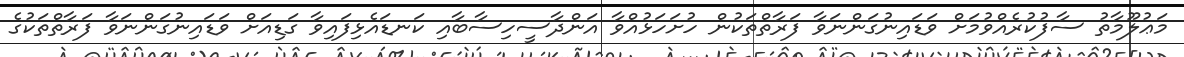
މަޢުލޫމާތު ސާފުކުރެއްވުމަށް ވަޑައިނުގަންނަވާ ފަރާތްތަކުން ހުށަހަޅުއްވާ އަންދާސީހިސާބާއި ކަނޑައެޅިފައިވާ ގަޑިއަށް ވަޑައިނުގަންނަވާ ފަރާތްތަކުގެ